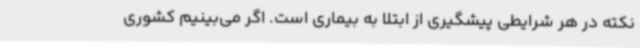
نکته در هر شرایطی پیشگیری از ابتلا به بیماری است. اگر می‌بینیم کشوری